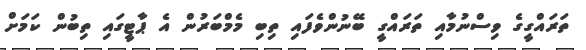
ތަރައްގީގެ ވިސްނުމާއި ތަރައްގީ ބޭނުންވެފައި ތިބި މެމްބަރުން އެ ޕާޓީގައި ތިބުން ކަމަށް